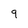
Character: 9